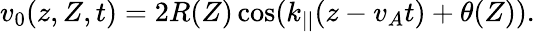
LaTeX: v_{0}(z,Z,t)=2R(Z)\cos(k_{||}(z-v_{A}t)+\theta(Z)).